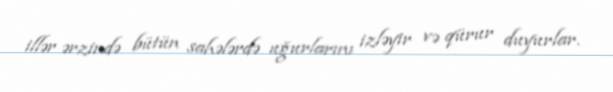
illər ərzində bütün sahələrdə uğurlarını izləyir və qürur duyurlar.